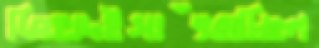
জিহাদইসাঁৎরাচ্ছিল